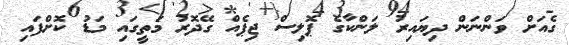
ގެއަށް ވަންނަން ދިޔައިރު ލަންކާގެ ޕޮލިސް ޖިޕެއް ގޭދޮރު މަތީގައި މަޑު ކޮށްފައި